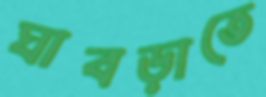
ঘাবড়াতে